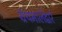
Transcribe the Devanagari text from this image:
ग्रंथमालेद्वारे